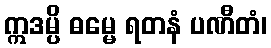
ဣဒမ္ပိ ဓမ္မေ ရတနံ ပဏီတံ၊